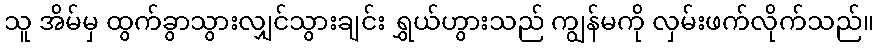
သူ အိမ်မှ ထွက်ခွာသွားလျှင်သွားချင်း ရွှယ်ဟွားသည် ကျွန်မကို လှမ်းဖက်လိုက်သည်။